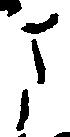
さ